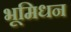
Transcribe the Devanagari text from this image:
भूमिधन